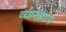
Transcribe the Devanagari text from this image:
व्याख्यांए